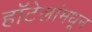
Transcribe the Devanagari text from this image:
हॉटेलांमधून